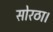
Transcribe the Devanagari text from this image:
सोरठा।